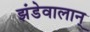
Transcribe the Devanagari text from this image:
झंडेवालान्